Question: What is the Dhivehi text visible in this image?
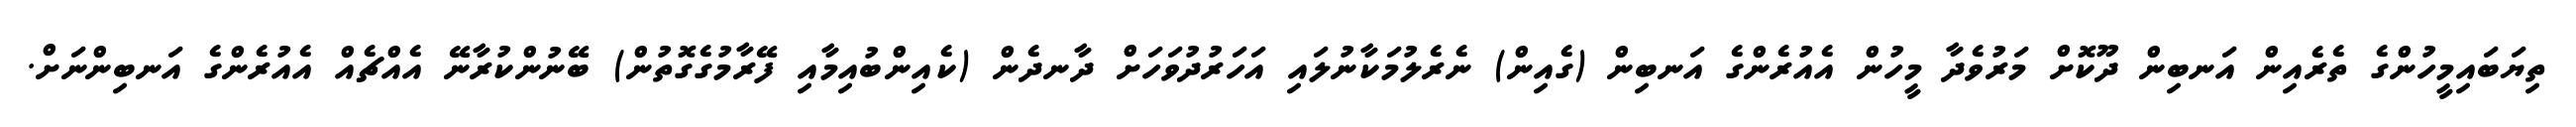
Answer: ތިޔަބައިމީހުންގެ ތެރެއިން އަނބިން ދޫކޮށް މަރުވެދާ މީހުން އެއުރެންގެ އަނބިން (ގެއިން) ނެރެލުމަކާނުލައި އަހަރުދުވަހަށް ދާނދެން (ކެއިންބުއިމާއި ފޭރާމުގެގޮތުން) ބޭނުންކުރާނޭ އެއްޗެއް އެއުރެންގެ އަނބިންނަށް.